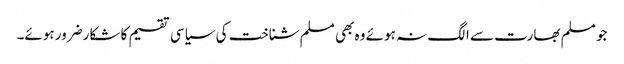
جو مسلم بھارت سے الگ نہ ہوئے وہ بھی مسلم شناخت کی سیاسی تقسیم کا شکارضرور ہوئے۔